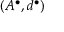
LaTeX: ( A ^ { \bullet } , d ^ { \bullet } )